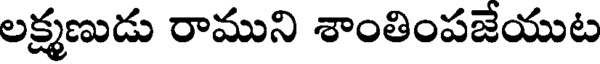
లక్ష్మణుడు రాముని శాంతింపజేయుట